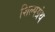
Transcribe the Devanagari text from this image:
शिल्पग्रंथ